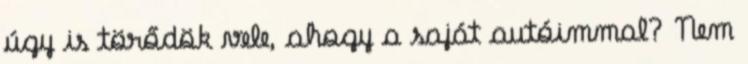
úgy is törődök vele, ahogy a saját autóimmal? Nem